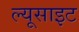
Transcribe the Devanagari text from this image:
ल्यूसाइट